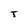
Character: T